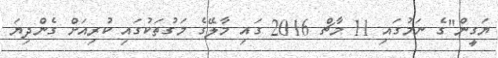
ޔަގީން"ގެ ނަމުގައި 11 މާޗް 2016 ގައި މާލޭގެ މަގުތަކުގައި ކުރިއަށް ގެންދިޔަ